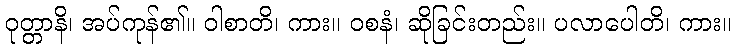
ဝုတ္တာနိ၊ အပ်ကုန်၏။ ဝါစာတိ၊ ကား။ ဝစနံ၊ ဆိုခြင်းတည်း။ ပလာပေါတိ၊ ကား။